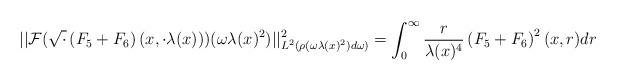
LaTeX: \begin{align*} ||\mathcal{F}(\sqrt{\cdot} \left(F_{5}+F_{6}\right)(x,\cdot \lambda(x)))(\omega \lambda(x)^{2})||_{L^{2}(\rho(\omega \lambda(x)^{2}) d\omega)}^{2}&=\int_{0}^{\infty} \frac{r}{\lambda(x)^{4}} \left(F_{5}+F_{6}\right)^{2}(x,r) dr\end{align*}